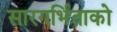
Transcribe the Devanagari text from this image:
सारगर्भिताको